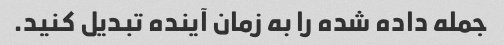
جمله داده شده را به زمان آینده تبدیل کنید.